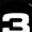
Digit: 3